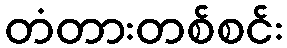
တံတားတစ်စင်း